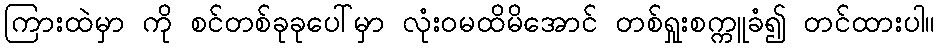
ကြားထဲမှာ ကို စင်တစ်ခုခုပေါ်မှာ လုံးဝမထိမိအောင် တစ်ရှုးစက္ကူခံ၍ တင်ထားပါ။